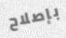
بإصلاح